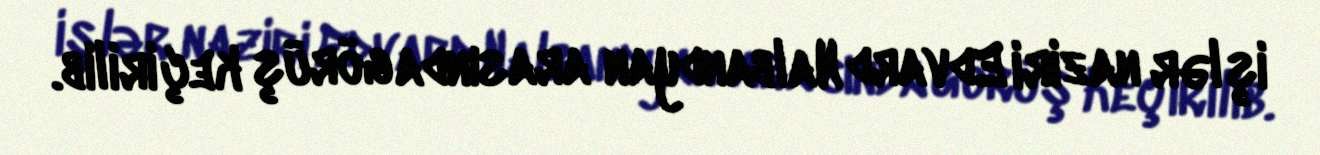
işlər naziri Edvard Nalbandyan arasında görüş keçirilib.